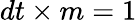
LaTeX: dt\times m=1